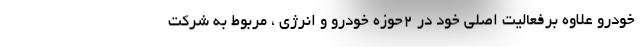
خودرو علاوه برفعالیت اصلی خود در 2حوزه خودرو و انرژی ، مربوط به شرکت